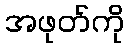
အဖုတ်ကို